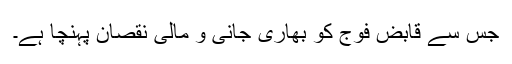
جس سے قابض فوج کو بھاری جانی و مالی نقصان پہنچا ہے۔